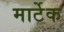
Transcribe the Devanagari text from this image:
मार्टेक